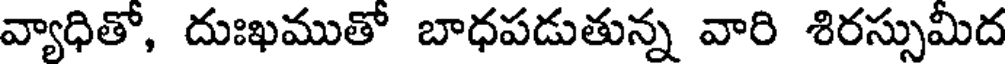
వ్యాధితో, దుఃఖముతో బాధపడుతున్న వారి శిరస్సుమీద